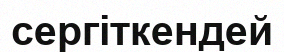
сергіткендей